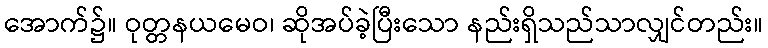
အောက်၌။ ဝုတ္တနယမေဝ၊ ဆိုအပ်ခဲ့ပြီးသော နည်းရှိသည်သာလျှင်တည်း။